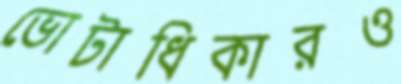
ভোটাধিকারও